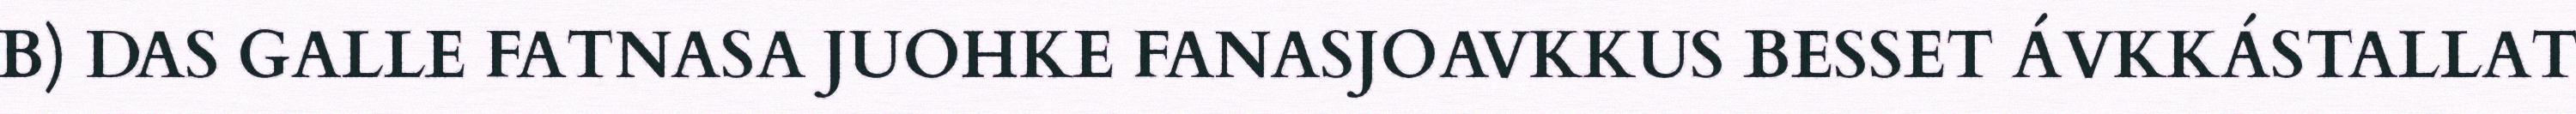
B) DAS GALLE FATNASA JUOHKE FANASJOAVKKUS BESSET ÁVKKÁSTALLAT